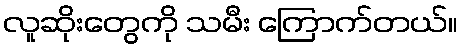
လူဆိုးတွေကို သမီး ကြောက်တယ်။